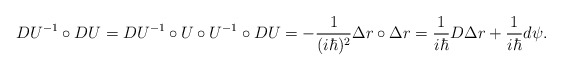
\begin{align*}DU^{-1}\circ DU=DU^{-1}\circ U\circ U^{-1}\circ DU=-\frac 1{(i\hbar)^2}\Delta r\circ \Delta r=\frac 1{i\hbar }D\Delta r+\frac 1{i\hbar }d\psi .\end{align*}